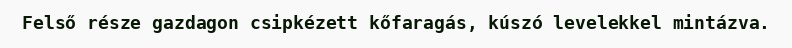
Felső része gazdagon csipkézett kőfaragás, kúszó levelekkel mintázva.